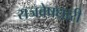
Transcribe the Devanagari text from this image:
राजवेषधारी